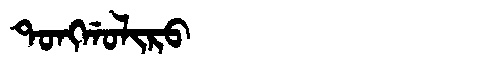
Manchu: ᡨᠣᠩᡤᠣᠯᡳᡵᠣ
Romanization: TONGGOLIRO